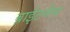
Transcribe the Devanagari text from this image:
ब्राईटनेस